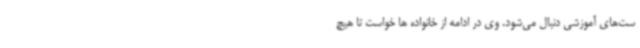
ست‌های آموزشی دنبال می‌شود. وی در ادامه از خانواده ها خواست تا هیچ